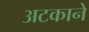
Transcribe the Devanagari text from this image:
अटकाने